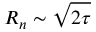
R _ { n } \sim \sqrt { 2 \tau }